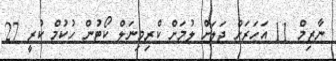
ނާޒިމް 11 އަހަރަށް ޖަލަށް ލުމަށް ކްރިމިނަލް ކޯޓުން ހުކުމް ކުރީ 27